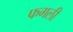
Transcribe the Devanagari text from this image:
फगली